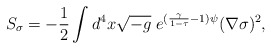
\begin{align*}S_\sigma=-\frac{1}{2}\int d^4 x\sqrt{-g}\; e^{(\frac{\gamma}{1-\tau}-1)\psi}(\nabla\sigma)^2,\end{align*}